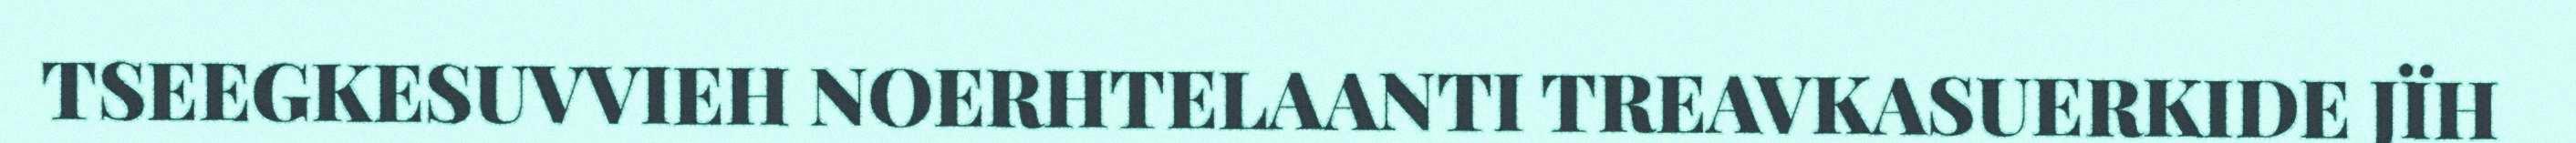
TSEEGKESUVVIEH NOERHTELAANTI TREAVKASUERKIDE JÏH